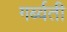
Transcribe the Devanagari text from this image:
गर्ब्वती